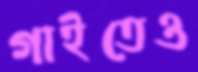
গাইতেও